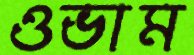
ওভাম